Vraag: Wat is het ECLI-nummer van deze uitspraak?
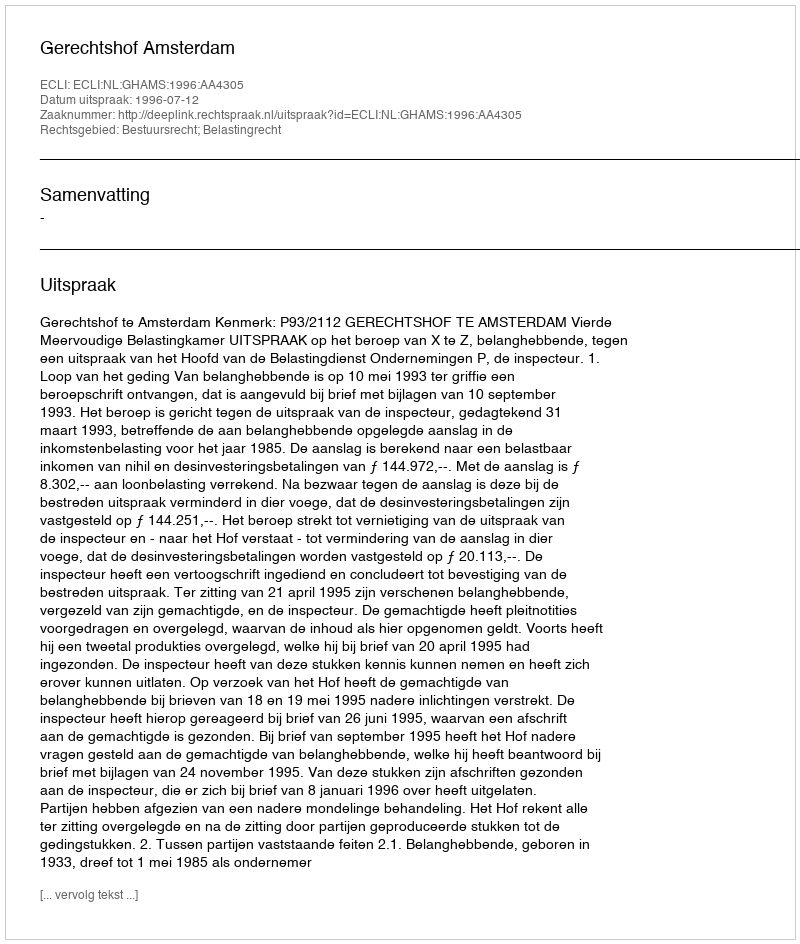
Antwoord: ECLI:NL:GHAMS:1996:AA4305